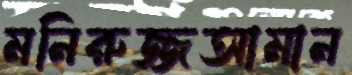
মনিরুজ্জআমান